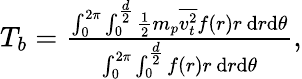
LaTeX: \begin{array}{r}{T_{b}=\frac{\int_{0}^{2\pi}\int_{0}^{\frac{d}{2}}\frac{1}{2}m_{p}\overline{{v_{t}^{2}}}f(r)r\, \mathrm{d}r\mathrm{d}\theta}{\int_{0}^{2\pi}\int_{0}^{\frac{d}{2}}f(r)r\, \mathrm{d}r\mathrm{d}\theta},}\end{array}